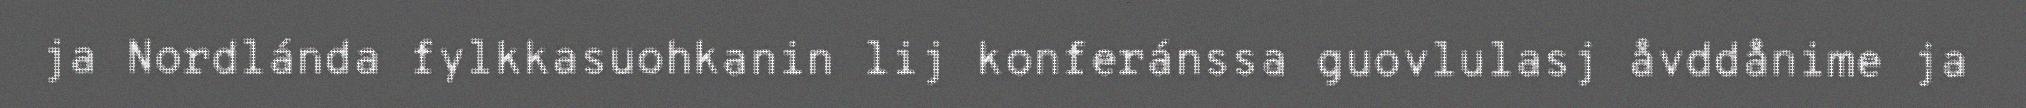
ja Nordlánda fylkkasuohkanin lij konferánssa guovlulasj åvddånime ja